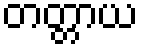
တတ္တာယ